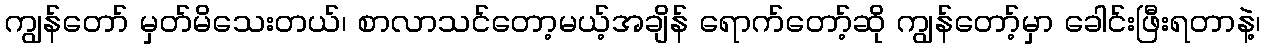
ကျွန်တော် မှတ်မိသေးတယ်၊ စာလာသင်တော့မယ့်အချိန် ရောက်တော့်ဆို ကျွန်တော့်မှာ ခေါင်းဖြီးရတာနဲ့၊